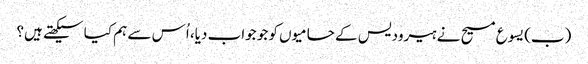
‏ (‏ب)‏ یسوع مسیح نے ہیرودیس کے حامیوں کو جو جواب دیا،‏ اُس سے ہم کیا سیکھتے ہیں؟